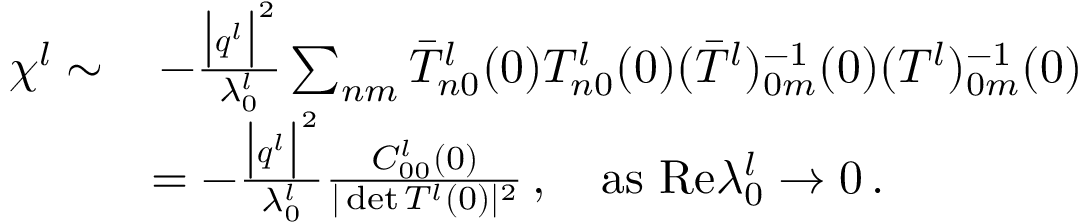
\begin{array} { r l } { \chi ^ { l } \sim } & { \, - \frac { \big \vert \boldsymbol { q } ^ { l } \big \vert ^ { 2 } } { \lambda _ { 0 } ^ { l } } \sum _ { n m } { \bar { T } _ { n 0 } ^ { l } ( 0 ) T _ { n 0 } ^ { l } ( 0 ) ( \bar { T } ^ { l } ) _ { 0 m } ^ { - 1 } ( 0 ) ( T ^ { l } ) _ { 0 m } ^ { - 1 } ( 0 ) } } \\ & { = - \frac { \big \vert \boldsymbol { q } ^ { l } \big \vert ^ { 2 } } { \lambda _ { 0 } ^ { l } } \frac { C _ { 0 0 } ^ { l } ( 0 ) } { \vert \operatorname* { d e t } T ^ { l } ( 0 ) \vert ^ { 2 } } \, , ~ ~ ~ \mathrm { a s } ~ \mathrm { R e } \lambda _ { 0 } ^ { l } \rightarrow 0 \, . } \end{array}